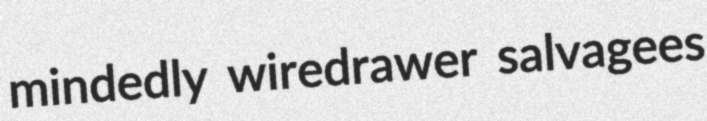
mindedly wiredrawer salvagees